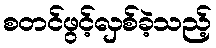
စတင်ဖွင့်လှစ်ခဲ့သည့်